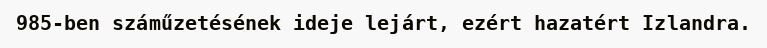
985-ben száműzetésének ideje lejárt, ezért hazatért Izlandra.